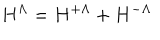
H ^ { \Lambda } = H ^ { + \Lambda } + H ^ { - \Lambda }